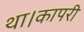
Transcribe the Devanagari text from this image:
था।कापरी